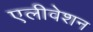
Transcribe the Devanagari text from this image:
एलीवेशन